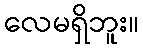
လေမရှိဘူး။